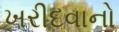
ખરીદવાનો